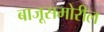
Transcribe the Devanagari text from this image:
बाजूसमोरील